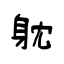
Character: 躭